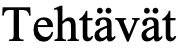
Tehtävät